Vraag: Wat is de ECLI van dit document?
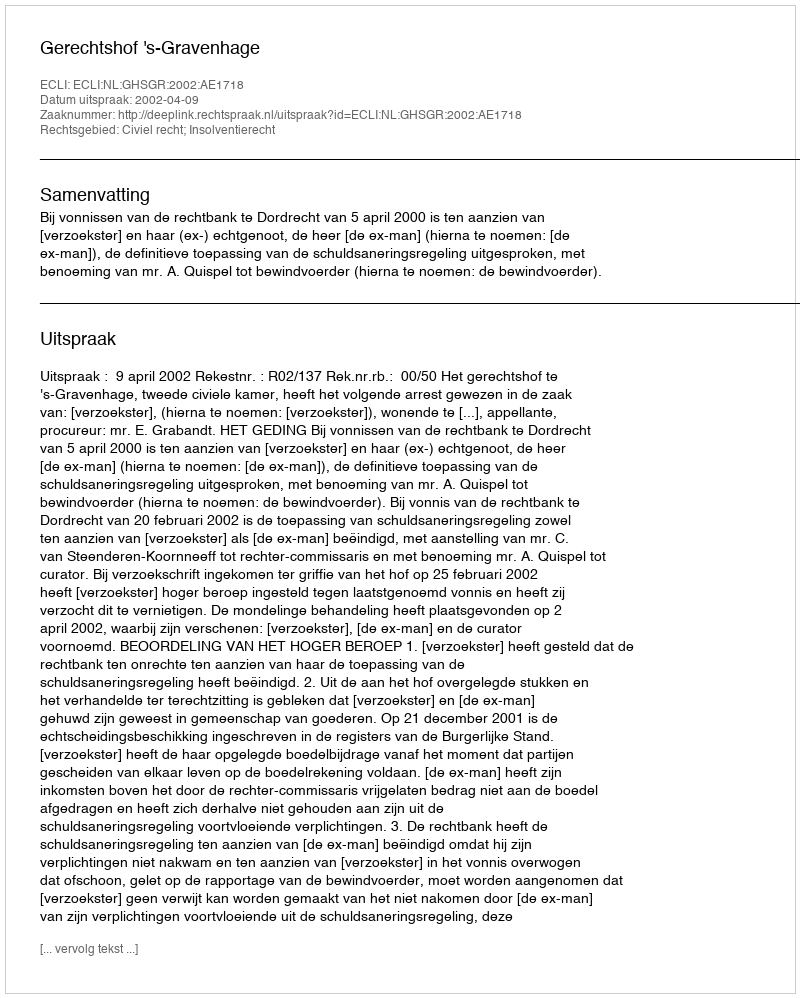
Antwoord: ECLI:NL:GHSGR:2002:AE1718